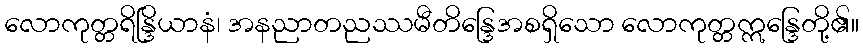
လောကုတ္တရိန္ဒြိယာနံ၊ အနညာတညဿမီတိန္ဒြေအစရှိသော လောကုတ္တဣန္ဒြေတို့၏။